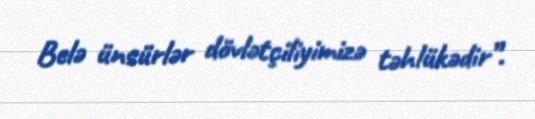
Belə ünsürlər dövlətçiliyimizə təhlükədir”.